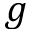
g